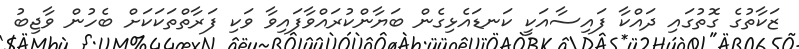
ޒަކާތުގެ ގޮތުގައި ދައްކާ ފައިސާއަކީ ކަނޑައެޅިގެން ބަޔާންކުރައްވާފައިވާ ވަކި ފަރާތްތަކަކަށް ބެހުން ވާޖިބު